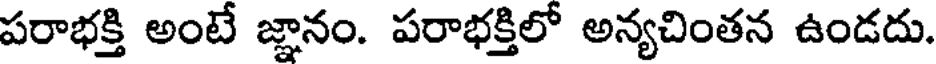
పరాభక్తి అంటే జ్ఞానం. పరాభక్తిలో అన్యచింతన ఉండదు.